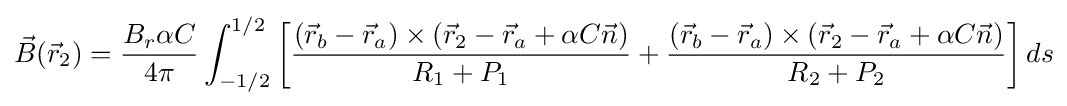
{\vec {B}}({\vec {r}}_{2})={\frac {B_{r}\alpha C}{4\pi }}\int _{-1/2}^{1/2}\left[{\frac {({\vec {r}}_{b}-{\vec {r}}_{a})\times ({\vec {r}}_{2}-{\vec {r}}_{a}+\alpha C{\vec {n}})}{R_{1}+P_{1}}}+{\frac {({\vec {r}}_{b}-{\vec {r}}_{a})\times ({\vec {r}}_{2}-{\vec {r}}_{a}+\alpha C{\vec {n}})}{R_{2}+P_{2}}}\right]ds